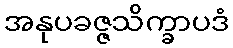
အနုပခဇ္ဇသိက္ခာပဒံ